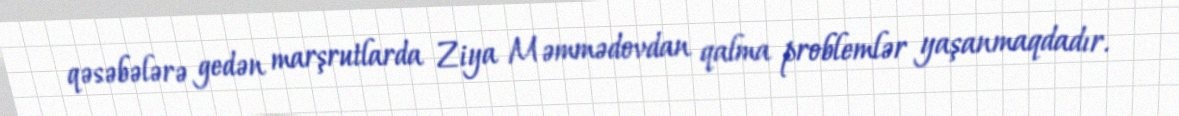
qəsəbələrə gedən marşrutlarda Ziya Məmmədovdan qalma problemlər yaşanmaqdadır.